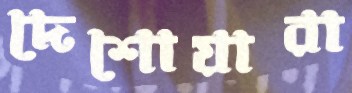
দেশোয়ারা